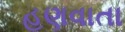
હણવાતા